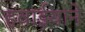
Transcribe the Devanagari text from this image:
हवाईयाने